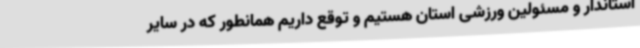
استاندار و مسئولین ورزشی استان هستیم و توقع داریم همانطور که در سایر